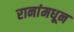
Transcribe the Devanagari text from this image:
रानांमधून